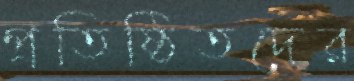
প্রতিষ্ঠিতদের